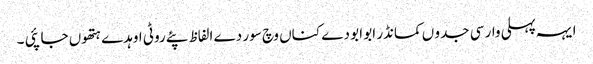
ایہہ پہلی وار سی جدو ں کمانڈر ابو ابو دے کناں وچ سور دے الفاظ پئے روٹی اوہدے ہتھوں جا پئی ۔